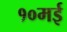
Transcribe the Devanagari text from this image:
१०मई